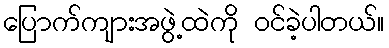
ပြောက်ကျားအဖွဲ့ထဲကို ဝင်ခဲ့ပါတယ်။